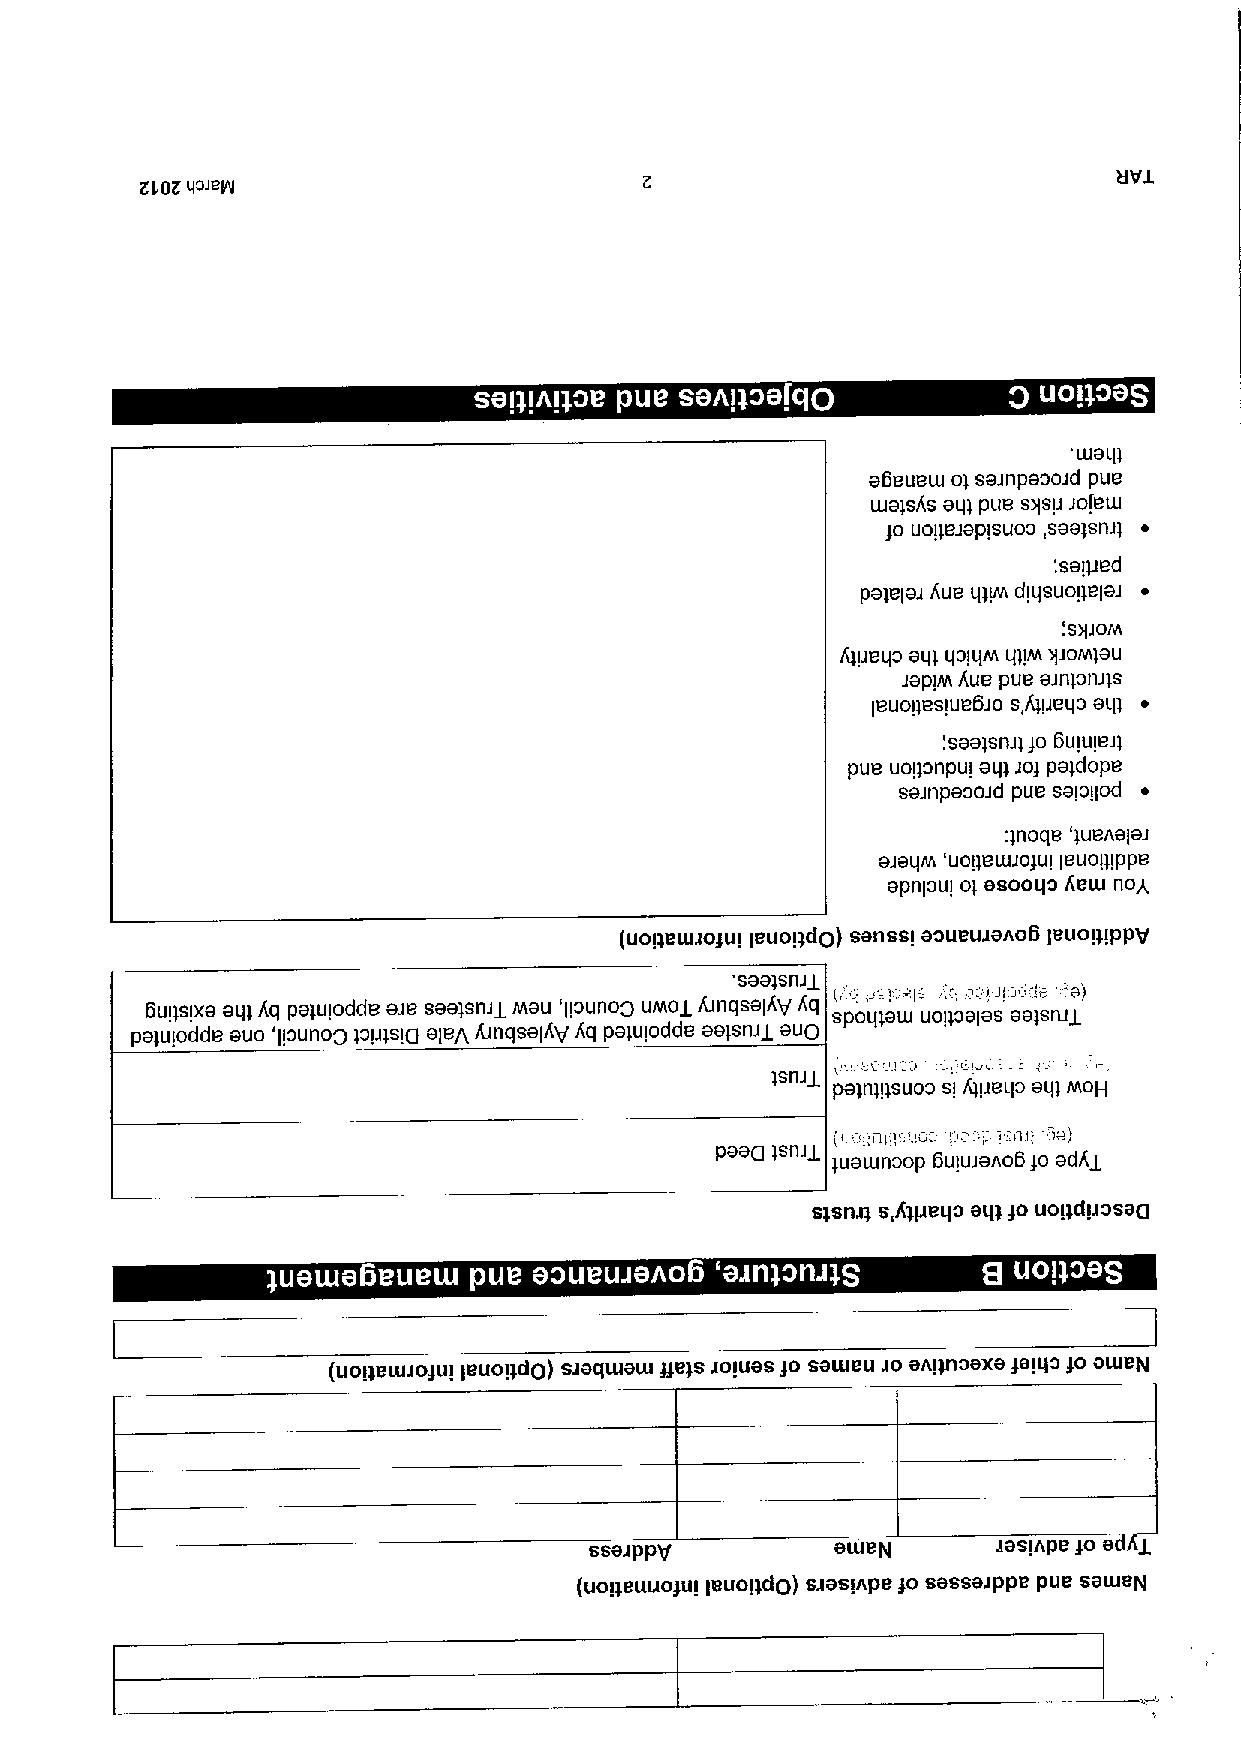
Zl OK 40&sls
 ~ ~
 waql
 a6euew ol saJnpaooJd pue
 walsAs aql pue SJISIJJOIBIU
 )0 uogeJaplsuoo, saa)snJ) ~
 '.salped
 pa)elaJ Aue 4&yA dlqsuol)elaJ ~
 .S&IJQM
 A)IJB40 aql 4014M lglM JIJQM)au
 Japan Aue pue BJn)onJJS
 leuogeslue6Jo S,A)IJB40 a41 ~
 .saa)snJ) $0 6UIUIBJl
 pue uoponpul aq) Jo) pa)dope
 saJnpaooJd pue salollod ~
 :lnoqe 'lueAalaJ
 BJBUM UollewJQ)UI IBUolllPPB
 apnloul ol asooqo Aew noA
 (uol)eulJogul Ieuolfdp) sanssl aoueuJaAo6 leuol)lppy
 saa)snJZ
 6uqslxa aql Aq pa)ulodde aJe saa)snJi Mau 'Ilounoa UMOZ AJnqsalAV Aq spoq)aw uol)oalas aa)sruj
 palulodde auo 'Ilounog )olJ)slg aleJI, AJnqsalAy Aq patulodde aa)snJZ aup
 L1''' J
 )snJZ
 pa)np)suoo sl AIIJeqo aql MoH
 !;
 !
 I!I.,IJII;!!:1!'
 !
 ll!' Oa)
 paalj )snJJ
 )uawnoop 6ululano6)0 adAg
 s&snJ) s,A)peqo aq&)o uol)dlJosa()
 '
 ~             ~ ~
 (uol)ewJO)ul leuopda) SJaqwaw ge&s Joluas go saweu Jo SApnoaxa Salqo go oweN
 ssaJppg         aweN       JasIApe Jo a J
 (uopeuuogul leuol)dp) sJaslApe ko sassaJppe pue saweN